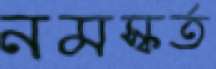
নমস্কর্ত